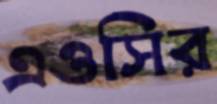
এওসির